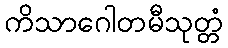
ကိသာဂေါတမီသုတ္တံ